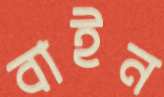
বাইন